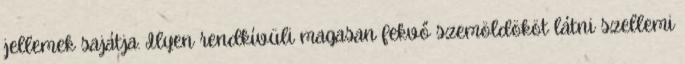
jellemek sajátja. Ilyen rendkívüli magasan fekvő szemöldököt látni szellemi